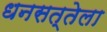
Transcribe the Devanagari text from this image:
धनसत्तेला